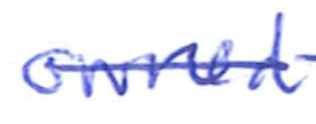
Text: owned
Cross-out: single-line
Writing tool: ballpoint